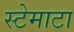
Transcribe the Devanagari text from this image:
स्टेमाटा